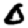
Digit: 0